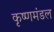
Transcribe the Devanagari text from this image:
कृष्णमंडल